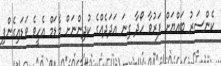
ކެންސަރު ބައްޔަށް ފަރުވާ ހޯދާ ގިނަ އަދަދެއްގެ ކުދިންނަށް މެޑަމް އެހީވެ ވަޑައިގެންފި